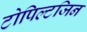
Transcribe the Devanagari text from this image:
टोपिल्टजिन